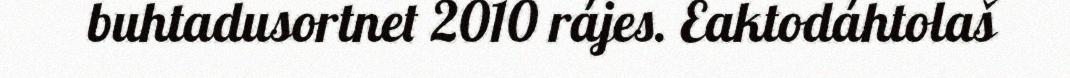
buhtadusortnet 2010 rájes. Eaktodáhtolaš